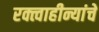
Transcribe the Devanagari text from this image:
रक्त्वाहीन्यांचे